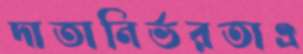
দাতানির্ভরতাএ